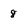
Character: 8